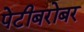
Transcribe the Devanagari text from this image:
पेटीबरोबर